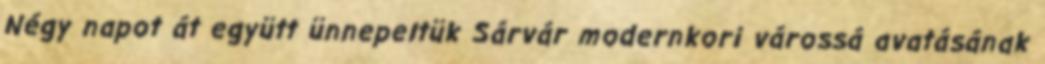
Négy napot át együtt ünnepeltük Sárvár modernkori várossá avatásának